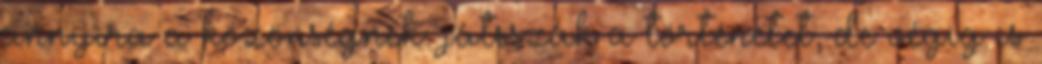
annyira a közönségnek. játsszák a történetet, de végig is